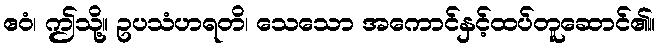
ဧဝံ၊ ဤသို့။ ဥပသံဟရတိ၊ သေသော အကောင်နှင့်ထပ်တူဆောင်၏။